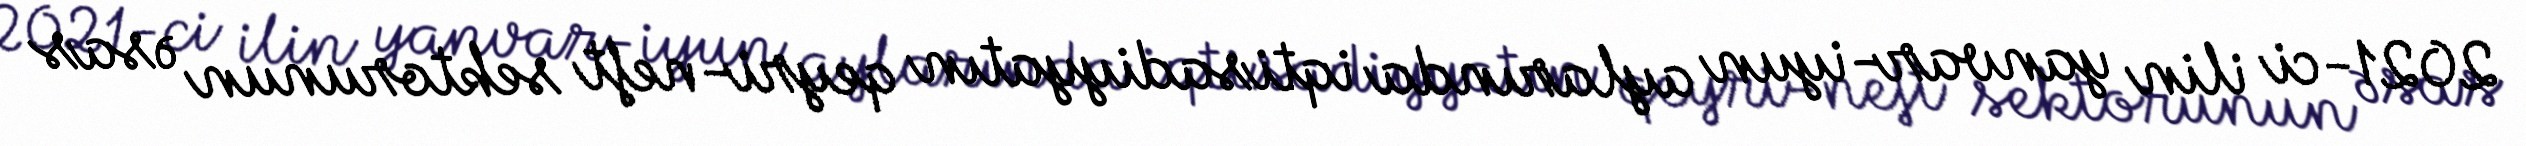
2021-ci ilin yanvar-iyun aylarında iqtisadiyyatın qeyri-neft sektorunun əsas